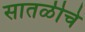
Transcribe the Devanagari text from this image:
सातळीचे